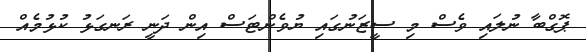
ޕޮގްބާ ނުލައި ވެސް މި ސީޒަނުގައި ޔުވެންޓަސް އިން ދަނީ ރަނގަޅު ކުޅުމެއް